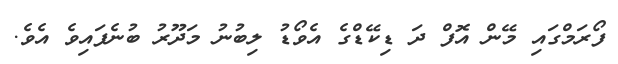
ފޯރަމްގައި މޭން އޮފް ދަ ޑިކޭޑްގެ އެވޯޑު ލިބުނު މަދޫރު ބުނެފައިވެ އެވެ.